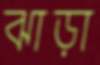
ঝাড়া